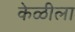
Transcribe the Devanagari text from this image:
केळीला